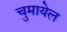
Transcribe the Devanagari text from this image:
चुमायेल